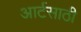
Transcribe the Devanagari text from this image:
आर्टसाठी